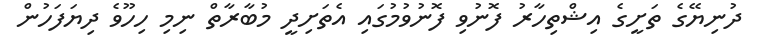
ދުނިޔޭގެ ތަށީގެ އިޝްތިހާރު ފޮނުވި ފޮނުވުމުގައި އެތަށިދީ މުބާރާތް ނިމި ހިހޫވެ ދިޔަފަހުން